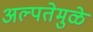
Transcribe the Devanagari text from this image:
अल्पतेमुळे